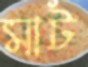
মাট